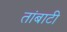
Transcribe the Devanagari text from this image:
तांबाटी